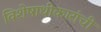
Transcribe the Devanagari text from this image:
विशेषाधीकारांची